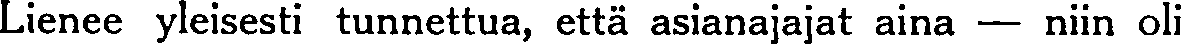
Lienee yleisesti tunnettua, että asianajajat aina — niin oli